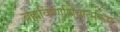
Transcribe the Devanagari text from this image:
ब्रह्मविष्णुशिवात्मकम्